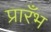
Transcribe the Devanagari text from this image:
प्रारँभ